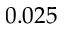
0 . 0 2 5